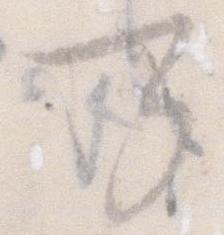
可